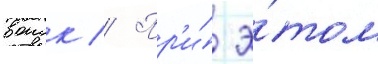
воиск // Пр'и́ э́том